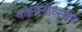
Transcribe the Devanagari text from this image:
कोमोरोव्स्की